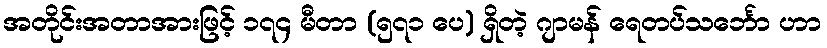
အတိုင်းအတာအားဖြင့် ၁၇၄ မီတာ (၅၇၁ ပေ) ရှိတဲ့ ဂျာမန် ရေတပ်သင်္ဘော ဟာ